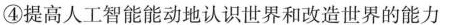
④提高人工智能能动地认识世界和改造世界的能力